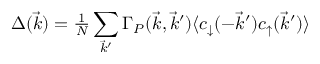
\Delta ( \vec { k } ) = { \textstyle { \frac { 1 } { N } } } \sum _ { \vec { k } ^ { \prime } } \Gamma _ { P } ( \vec { k } , \vec { k } ^ { \prime } ) \langle c _ { \downarrow } ^ { \vphantom { \dag } } ( - \vec { k } ^ { \prime } ) c _ { \uparrow } ^ { \vphantom { \dag } } ( \vec { k } ^ { \prime } ) \rangle